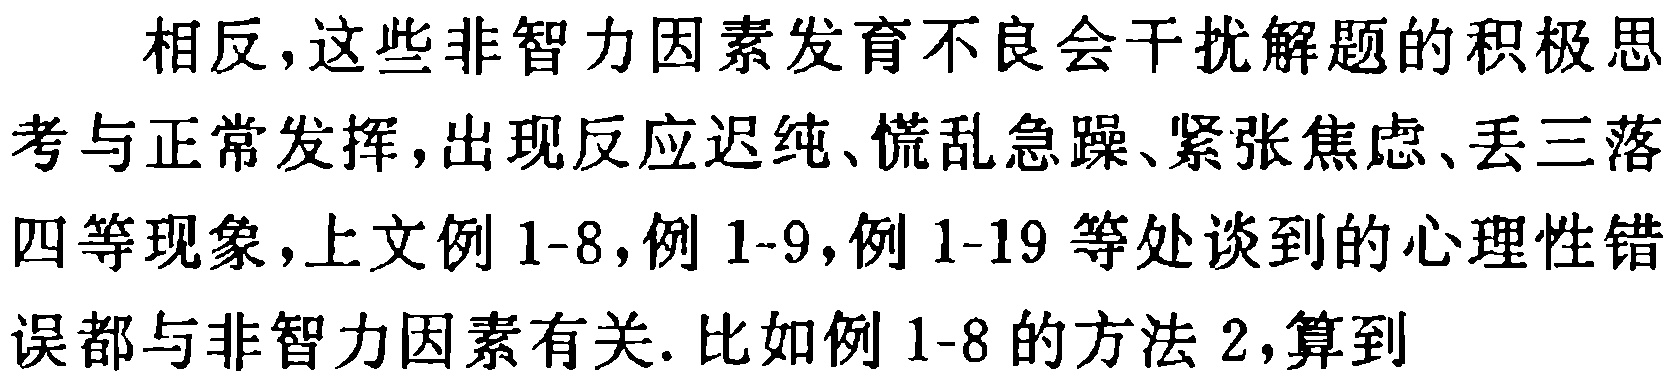
相反，这些非智力因素发育不良会干扰解题的积极思
考与正常发挥，出现反应迟纯、慌乱急躁、紧张焦虑、丢三落
四等现象，上文例1-8，例1-9，例1-19等处谈到的心理性错
误都与非智力因素有关. 比如例1-8的方法2，算到